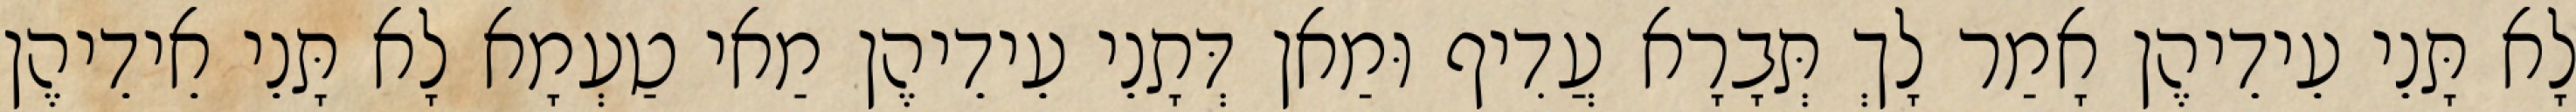
לָא תָּנֵי עֵידֵיהֶן אָמַר לָךְ תְּבָרָא עֲדִיף וּמַאן דְּתָנֵי עֵידֵיהֶן מַאי טַעְמָא לָא תָּנֵי אֵידֵיהֶן